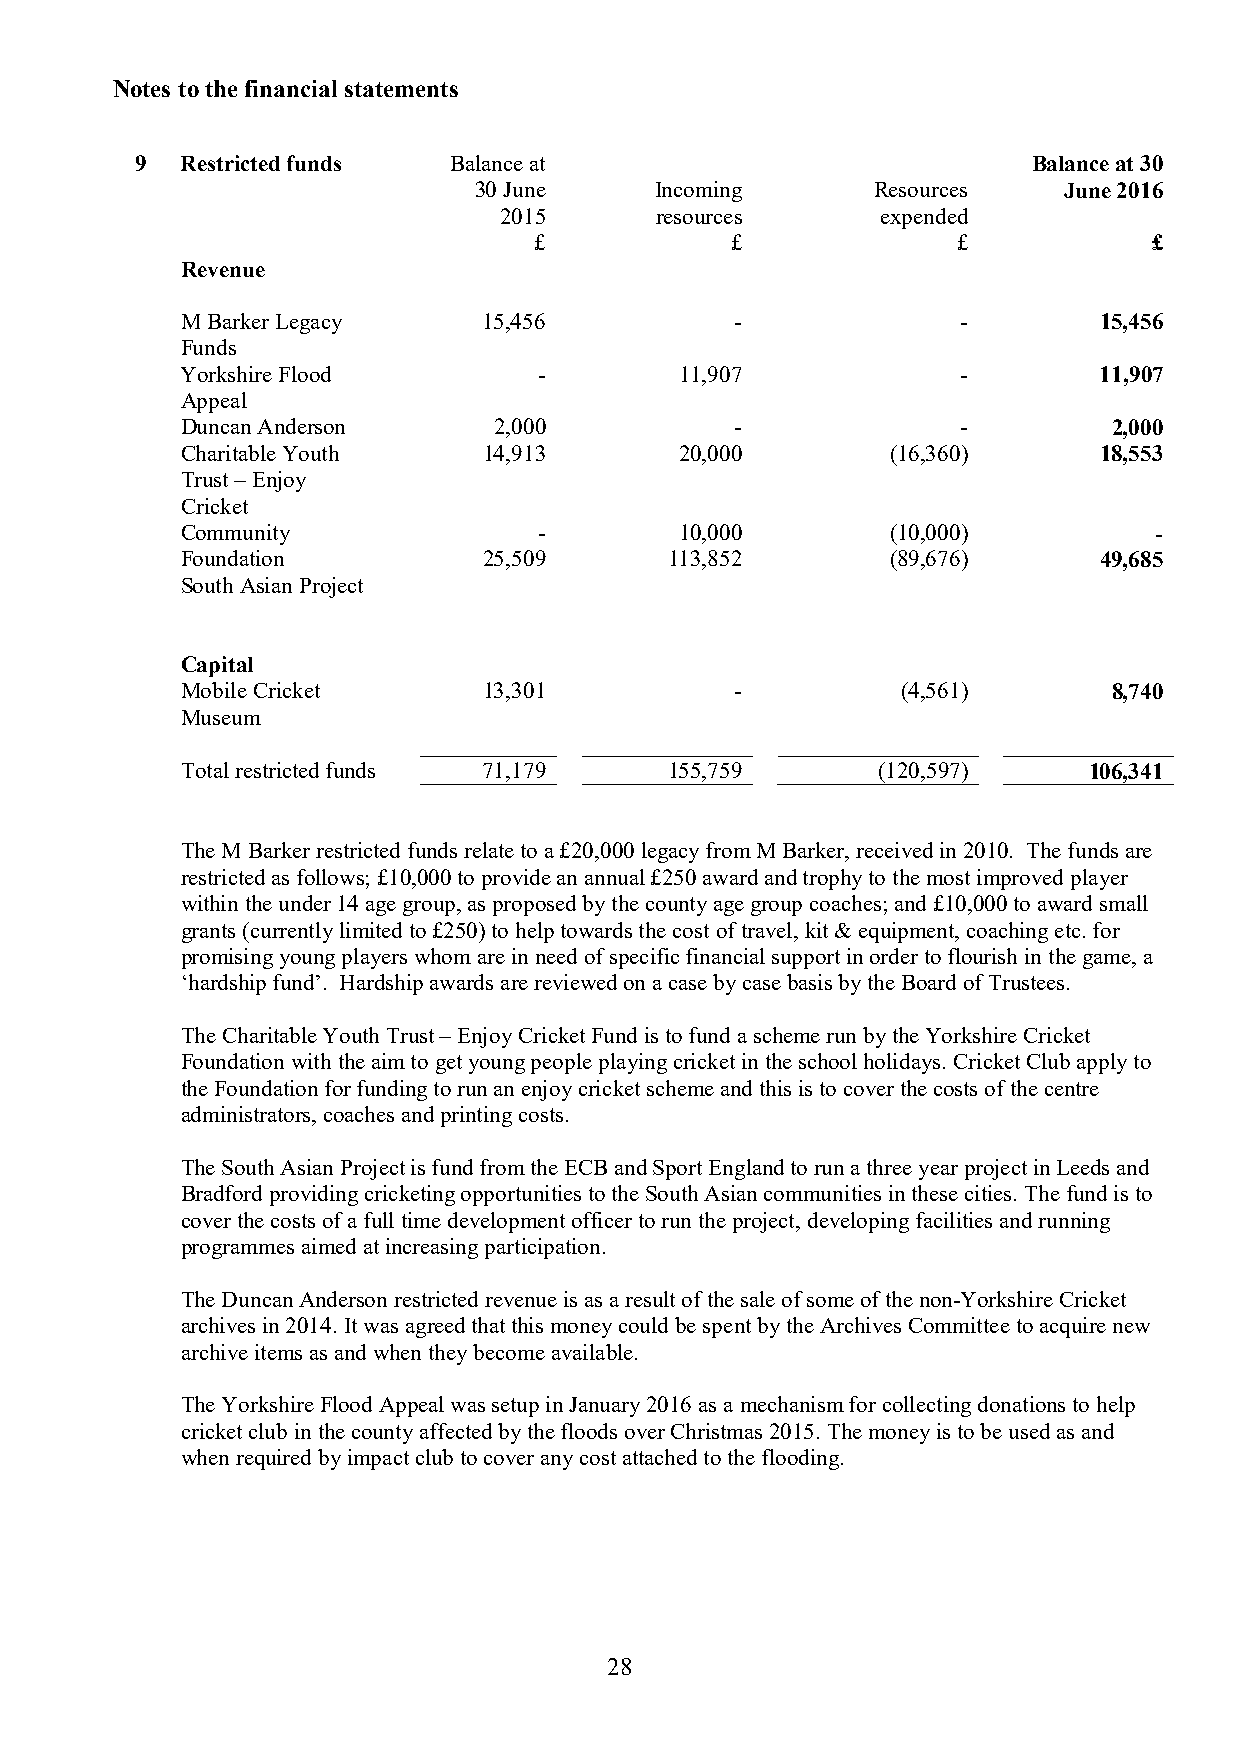
Notes to the financial statements
 9  Restricted funds  Balance at                            Balance at 30
 30 June     Incoming       Resources   June 2016
 2015      resources      expended
 £            £              £            £
 Revenue
 M Barker Legacy     15,456           -              -        15,456
 Funds
 Yorkshire Flood         -        11,907             -        11,907
 Appeal
 Duncan Anderson      2,000           -              -         2,000
 Charitable Youth    14,913       20,000        (16,360)      18,553
 Trust – Enjoy
 Cricket
 Community               -        10,000        (10,000)         -
 Foundation          25,509      113,852        (89,676)      49,685
 South Asian Project
 Capital
 Mobile Cricket      13,301           -          (4,561)       8,740
 Museum
 Total restricted funds 71,179   155,759       (120,597)     106,341
 The M Barker restricted funds relate to a £20,000 legacy from M Barker, received in 2010. The funds are
 restricted as follows; £10,000 to provide an annual £250 award and trophy to the most improved player
 within the under 14 age group, as proposed by the county age group coaches; and £10,000 to award small
 grants (currently limited to £250) to help towards the cost of travel, kit & equipment, coaching etc. for
 promising young players whom are in need of specific financial support in order to flourish in the game, a
 ‘hardship fund’. Hardship awards are reviewed on a case by case basis by the Board of Trustees.
 The Charitable Youth Trust – Enjoy Cricket Fund is to fund a scheme run by the Yorkshire Cricket
 Foundation with the aim to get young people playing cricket in the school holidays. Cricket Club apply to
 the Foundation for funding to run an enjoy cricket scheme and this is to cover the costs of the centre
 administrators, coaches and printing costs.
 The South Asian Project is fund from the ECB and Sport England to run a three year project in Leeds and
 Bradford providing cricketing opportunities to the South Asian communities in these cities. The fund is to
 cover the costs of a full time development officer to run the project, developing facilities and running
 programmes aimed at increasing participation.
 The Duncan Anderson restricted revenue is as a result of the sale of some of the non-Yorkshire Cricket
 archives in 2014. It was agreed that this money could be spent by the Archives Committee to acquire new
 archive items as and when they become available.
 The Yorkshire Flood Appeal was setup in January 2016 as a mechanism for collecting donations to help
 cricket club in the county affected by the floods over Christmas 2015. The money is to be used as and
 when required by impact club to cover any cost attached to the flooding.
 28